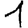
Digit: 1